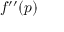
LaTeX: f ^ { \prime \prime } ( p )